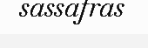
sassafras